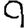
Digit: 9